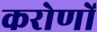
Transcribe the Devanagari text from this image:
करोणों